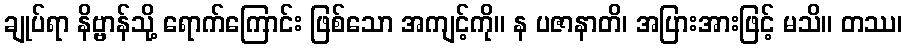
ချုပ်ရာ နိဗ္ဗာန်သို့ ရောက်ကြောင်း ဖြစ်သော အကျင့်ကို။ န ပဇာနာတိ၊ အပြားအားဖြင့် မသိ။ တဿ၊